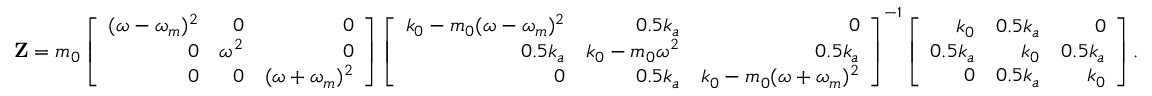
\begin{array} { r l } & { \mathbf { Z } = m _ { 0 } \left[ \begin{array} { r r r } { ( \omega - \omega _ { m } ) ^ { 2 } } & { 0 } & { 0 } \\ { 0 } & { \omega ^ { 2 } } & { 0 } \\ { 0 } & { 0 } & { ( \omega + \omega _ { m } ) ^ { 2 } } \end{array} \right] \left[ \begin{array} { r r r } { k _ { 0 } - m _ { 0 } ( \omega - \omega _ { m } ) ^ { 2 } } & { 0 . 5 k _ { a } } & { 0 } \\ { 0 . 5 k _ { a } } & { k _ { 0 } - m _ { 0 } \omega ^ { 2 } } & { 0 . 5 k _ { a } } \\ { 0 } & { 0 . 5 k _ { a } } & { k _ { 0 } - m _ { 0 } ( \omega + \omega _ { m } ) ^ { 2 } } \end{array} \right] ^ { - 1 } \left[ \begin{array} { r r r } { k _ { 0 } } & { 0 . 5 k _ { a } } & { 0 } \\ { 0 . 5 k _ { a } } & { k _ { 0 } } & { 0 . 5 k _ { a } } \\ { 0 } & { 0 . 5 k _ { a } } & { k _ { 0 } } \end{array} \right] . } \end{array}